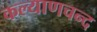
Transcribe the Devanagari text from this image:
कल्याणचन्द